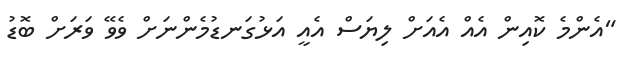
"އެންމެ ކޮއިން އެއް އެއަށް ލިޔަސް އެއީ އަޅުގަނޑުމެންނަށް ވެވޭ ވަރަށް ބޮޑު